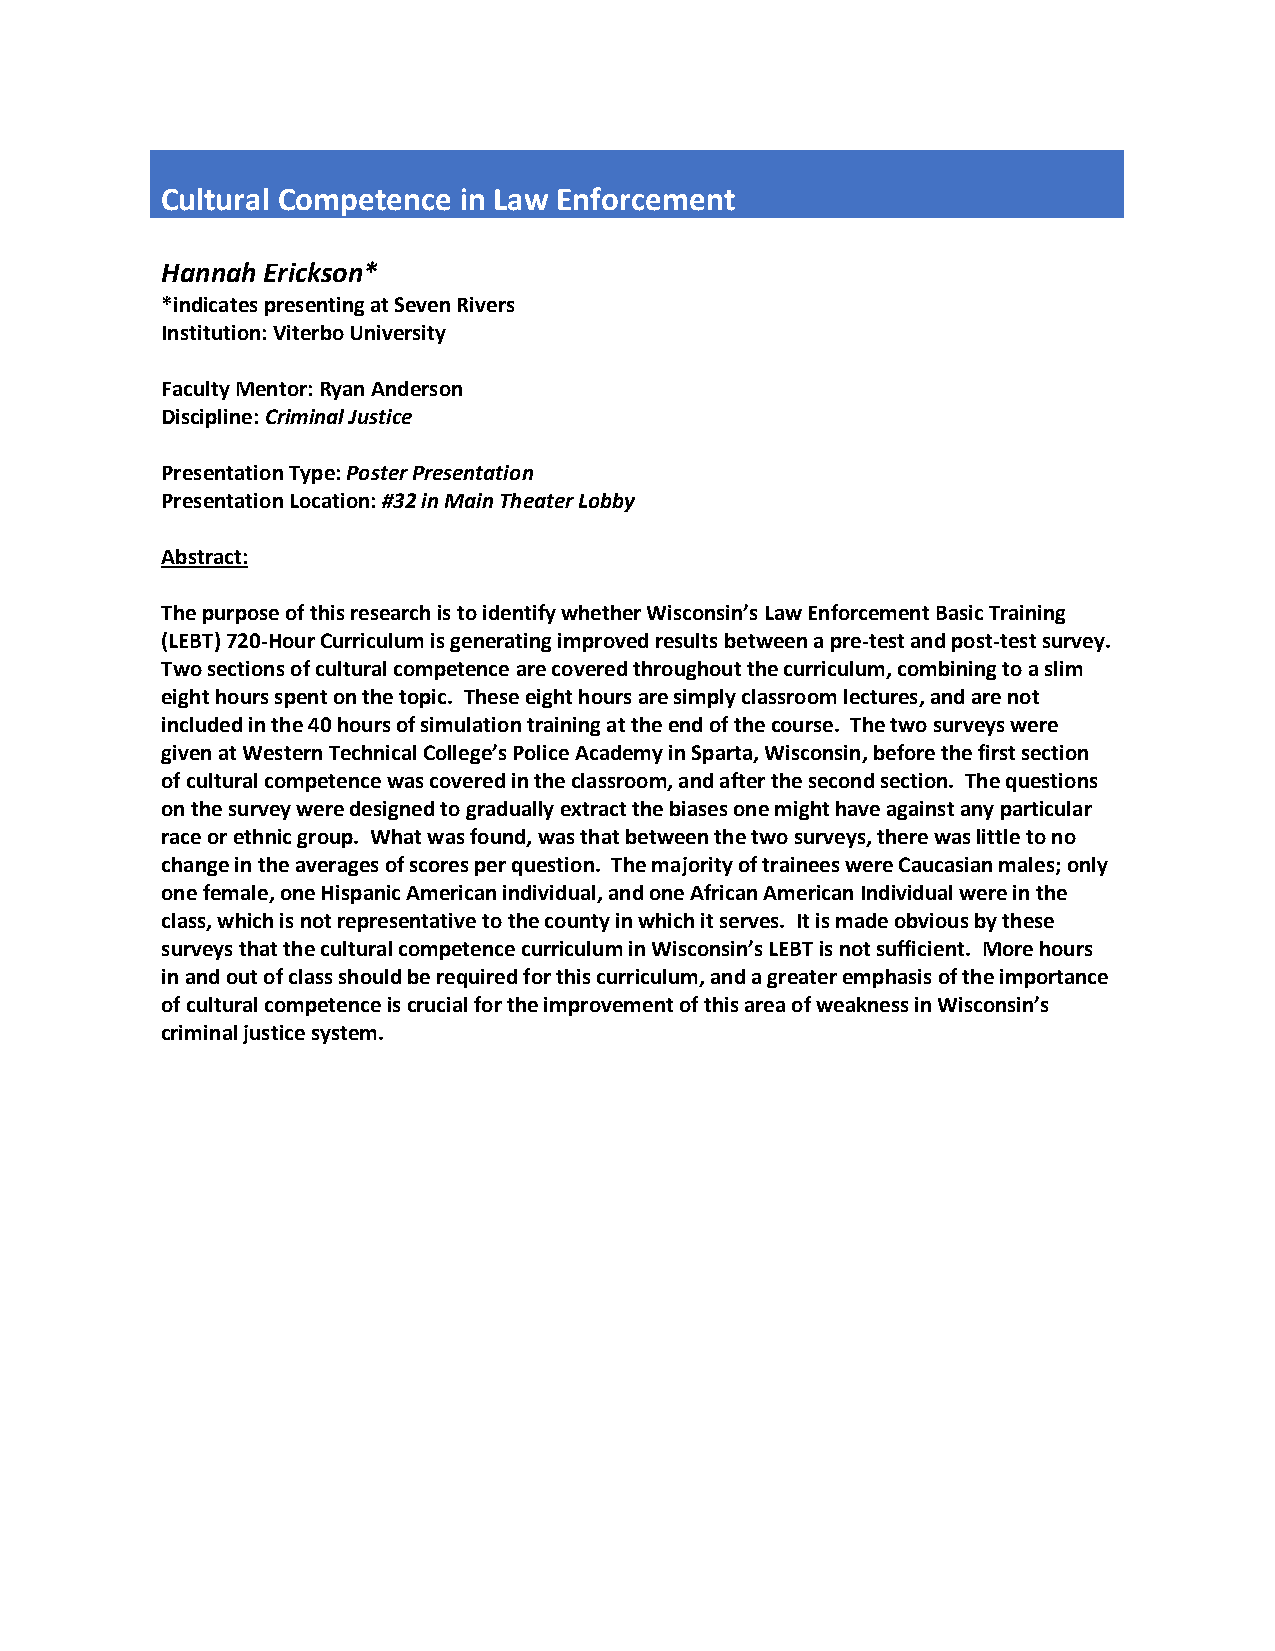
Cultural Competence in Law Enforcement
 Hannah Erickson*
 *indicates presenting at Seven Rivers
 Institution: Viterbo University
 Faculty Mentor: Ryan Anderson
 Discipline: Criminal Justice
 Presentation Type: Poster Presentation
 Presentation Location: #32 in Main Theater Lobby
 Abstract:
 The purpose of this research is to identify whether Wisconsin’s Law Enforcement Basic Training
 (LEBT) 720-Hour Curriculum is generating improved results between a pre-test and post-test survey.
 Two sections of cultural competence are covered throughout the curriculum, combining to a slim
 eight hours spent on the topic. These eight hours are simply classroom lectures, and are not
 included in the 40 hours of simulation training at the end of the course. The two surveys were
 given at Western Technical College’s Police Academy in Sparta, Wisconsin, before the first section
 of cultural competence was covered in the classroom, and after the second section. The questions
 on the survey were designed to gradually extract the biases one might have against any particular
 race or ethnic group. What was found, was that between the two surveys, there was little to no
 change in the averages of scores per question. The majority of trainees were Caucasian males; only
 one female, one Hispanic American individual, and one African American Individual were in the
 class, which is not representative to the county in which it serves. It is made obvious by these
 surveys that the cultural competence curriculum in Wisconsin’s LEBT is not sufficient. More hours
 in and out of class should be required for this curriculum, and a greater emphasis of the importance
 of cultural competence is crucial for the improvement of this area of weakness in Wisconsin’s
 criminal justice system.